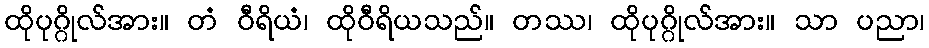
ထိုပုဂ္ဂိုလ်အား။ တံ ဝီရိယံ၊ ထိုဝီရိယသည်။ တဿ၊ ထိုပုဂ္ဂိုလ်အား။ သာ ပညာ၊